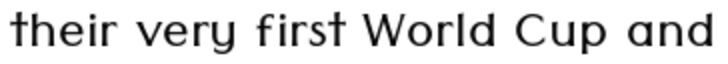
their very first World Cup and